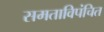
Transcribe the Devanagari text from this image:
समताविपंचित